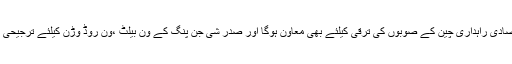
صدر مملکت نے کہا کہ اقتصادی راہداری چین کے صوبوں کی ترقی کیلئے بھی معاون ہوگا اور صدر شی جن پنگ کے ون بیلٹ ،ون روڈ وڑن کیلئے ترجیحی طور پر اہمیت کا حامل ہوگا۔